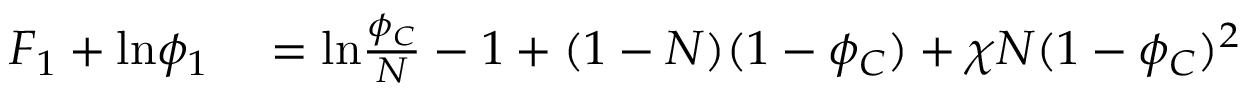
\begin{array} { r l } { F _ { 1 } + \mathrm { l n } \phi _ { 1 } } & { { } = \mathrm { l n } \frac { \phi _ { C } } { N } - 1 + ( 1 - N ) ( 1 - \phi _ { C } ) + \chi N ( 1 - \phi _ { C } ) ^ { 2 } } \end{array}